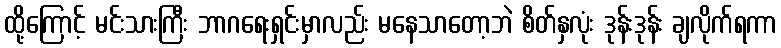
ထို့ကြောင့် မင်းသားကြီး ဘာဂရေးရှင်းမှာလည်း မနေသာတော့ဘဲ စိတ်နှလုံး ဒုန်းဒုန်း ချလိုက်ရကာ